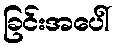
ခြင်းအပေါ်